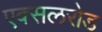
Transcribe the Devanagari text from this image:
एक्सलरोड